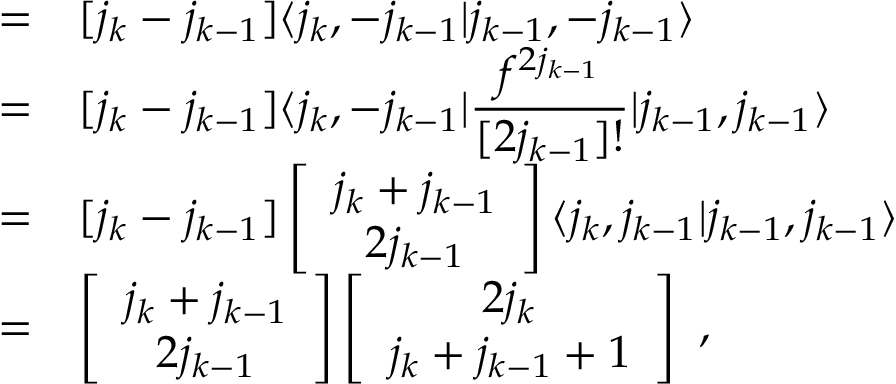
\begin{array} { r c l } { { } } & { { = } } & { { [ j _ { k } - j _ { k - 1 } ] \langle j _ { k } , - j _ { k - 1 } \vert j _ { k - 1 } , - j _ { k - 1 } \rangle } } \\ { { } } & { { = } } & { { [ j _ { k } - j _ { k - 1 } ] \langle j _ { k } , - j _ { k - 1 } \vert \displaystyle \frac { f ^ { 2 j _ { k - 1 } } } { [ 2 j _ { k - 1 } ] ! } \vert j _ { k - 1 } , j _ { k - 1 } \rangle } } \\ { { } } & { { = } } & { { [ j _ { k } - j _ { k - 1 } ] \left[ \begin{array} { c } { { j _ { k } + j _ { k - 1 } } } \\ { { 2 j _ { k - 1 } } } \end{array} \right] \langle j _ { k } , j _ { k - 1 } \vert j _ { k - 1 } , j _ { k - 1 } \rangle } } \\ { { } } & { { = } } & { { \left[ \begin{array} { c } { { j _ { k } + j _ { k - 1 } } } \\ { { 2 j _ { k - 1 } } } \end{array} \right] \left[ \begin{array} { c } { { 2 j _ { k } } } \\ { { j _ { k } + j _ { k - 1 } + 1 } } \end{array} \right] ~ , } } \end{array}